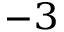
^ { - 3 }